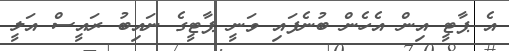
އެ ޕާޓީ އިން އެހެން ބުނެފައި ވަނީ ޕާޓީގެ ނައިބު ރައީސް އަލީ